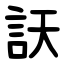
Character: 䚶